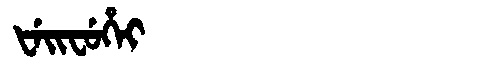
Manchu: ᡶᡝᡳᠸᡠᡥᡝᡳ
Romanization: FEIFUHEI